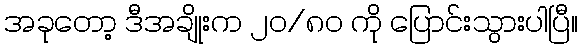
အခုတော့ ဒီအချိုးက ၂၀/၈၀ ကို ပြောင်းသွားပါပြီ။